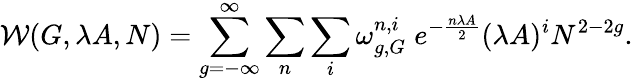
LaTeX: {\cal W}(G,\lambda A,N)=\sum_{g=-\infty}^{\infty}\sum_{n}\sum_{i}\omega_{g,G}^{n,i}\; e^{-{\frac{n\lambda A}{2}}}(\lambda A)^{i}N^{2-2g}.